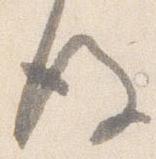
後